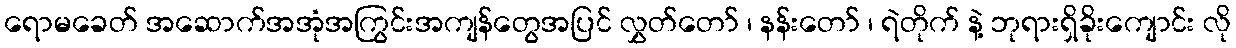
ရောမခေတ် အဆောက်အအုံအကြွင်းအကျန်တွေအပြင် လွှတ်တော် ၊ နန်းတော် ၊ ရဲတိုက် နဲ့ ဘုရားရှိခိုးကျောင်း လို